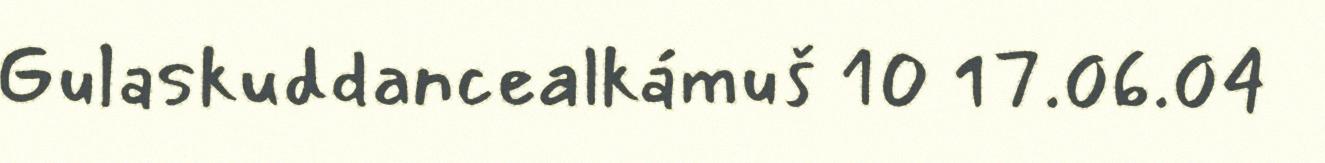
Gulaskuddancealkámuš 10 17.06.04